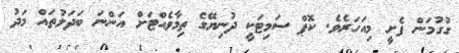
ގުގުމަން ފެށީ މިއަހަރެވެ. ކޮޕް ސަމިޓަކީ ދުނިޔޭގެ ތިމާވެއްޓަށް އަންނަ ބަދަލުތައް މަދު